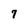
Character: 7